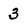
Character: 3